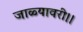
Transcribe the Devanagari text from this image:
जाळ्यावरी।।